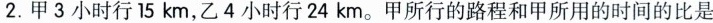
2. 甲3小时行15km，乙4小时行24km。甲所行的路程和甲所用的时间的比是